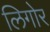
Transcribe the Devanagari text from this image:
लिगोर